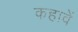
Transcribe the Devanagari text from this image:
कहावें